Annual report of the Imperial Bacteriologist
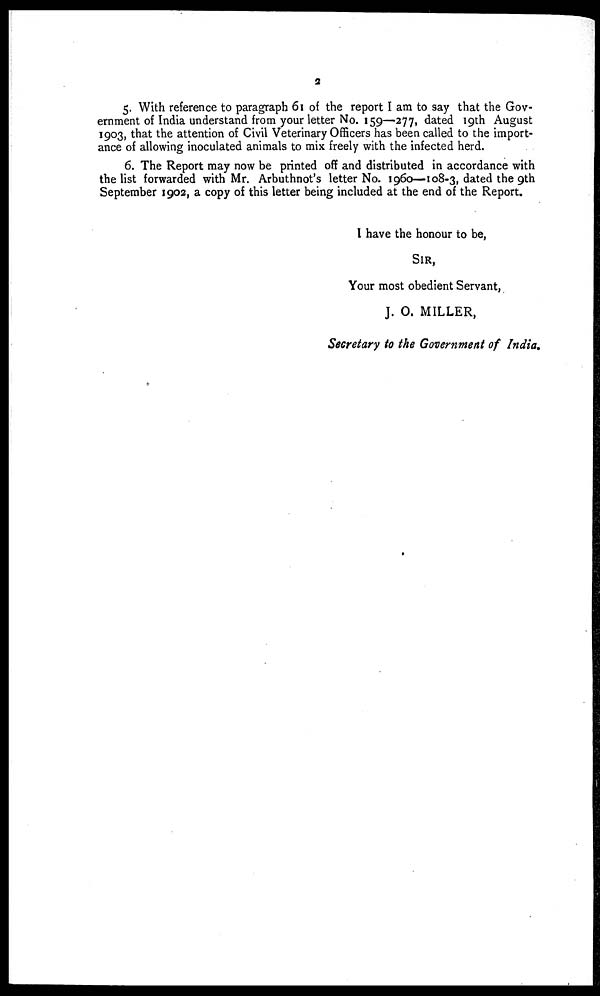
2
5. With reference to paragraph 61 of the report I am to say that the Gov-
ernment of India understand from your letter No. 159—277, dated 19th August
1903, that the attention of Civil Veterinary Officers has been called to the import-
ance of allowing inoculated animals to mix freely with the infected herd.
6. The Report may now be printed off and distributed in accordance with
the list forwarded with Mr. Arbuthnot's letter No. 1960—108-3, dated the 9th
September 1902, a copy of this letter being included at the end of the Report.
I have the honour to be,
SIR,
Your most obedient Servant,
J. O. MILLER,
Secretary to the Government of India.